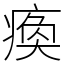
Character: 瘓